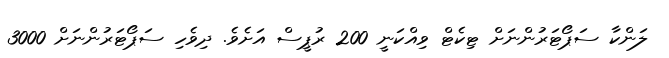
ލަންކާ ސަޕޯޓަރުންނަށް ޓިކެޓް ވިއްކަނީ 200 ރުޕީސް އަށެވެ. ދިވެހި ސަޕޯޓަރުންނަށް 3000